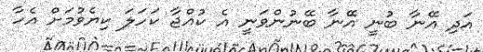
އަދި އޭނާ ބުނީ އޭނާ ބޭނުންވަނީ އެ ކުއްޖާ ކަހަލަ ކިޔެވުމަށް އެހާ